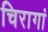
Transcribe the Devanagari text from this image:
चिरागां